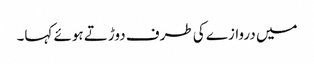
میں دروازے کی طرف دوڑتے ہوئے کہا۔